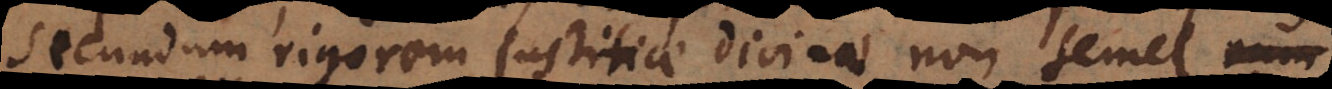
secundum rigorem justitiae divinae non semel